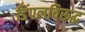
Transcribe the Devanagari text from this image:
डिंपलविरूद्ध